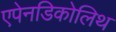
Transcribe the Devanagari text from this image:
एपेनडिकोलिथ